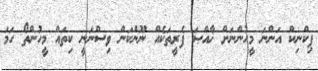
ޕިކްނިކް އަންނަ މީހުންނަށް ޚާއްޞަ ފެރީތަކެއް ނޫންކަން ވިސްނަނީ ކިތައް މީހުންތޯ ހަމަ